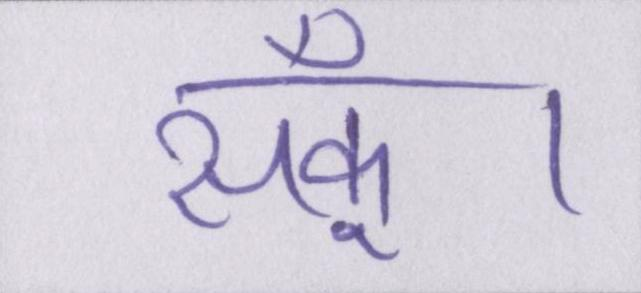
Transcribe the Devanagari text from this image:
सकूँ।